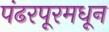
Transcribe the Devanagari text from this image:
पंढरपूरमधून